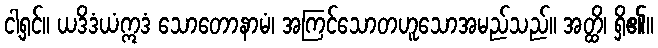
ငါ့ရှင်။ ယဒိဒံယံဣဒံ သောတောနာမံ၊ အကြင်သောတဟူသောအမည်သည်။ အတ္ထိ၊ ရှိ၏။